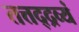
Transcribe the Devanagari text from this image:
तत्तद्द्रव्यं